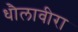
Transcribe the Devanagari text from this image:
धौलावीरा